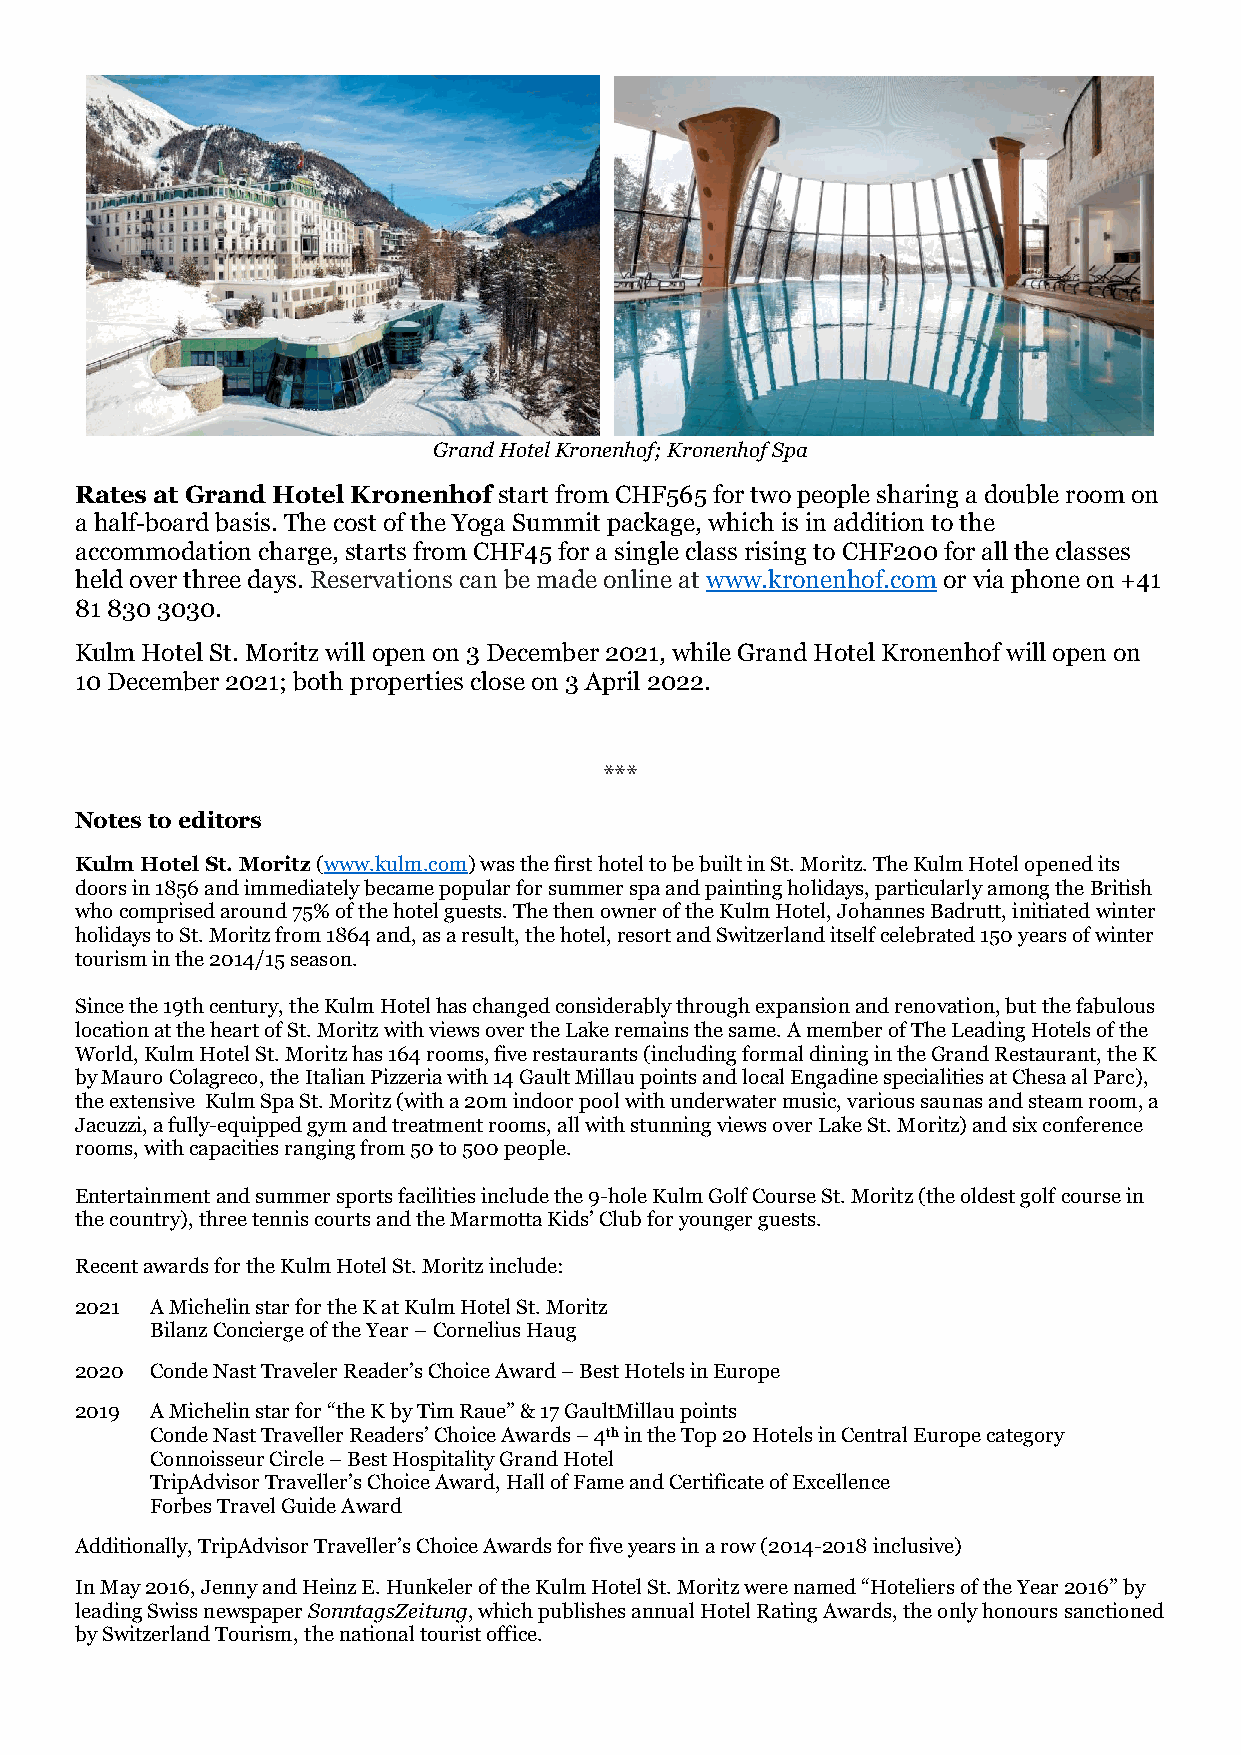
Grand Hotel Kronenhof; Kronenhof Spa
 Rates at Grand Hotel Kronenhof start from CHF565 for two people sharing a double room on
 a half-board basis. The cost of the Yoga Summit package, which is in addition to the
 accommodation charge, starts from CHF45 for a single class rising to CHF200 for all the classes
 held over three days. Reservations can be made online at www.kronenhof.com or via phone on +41
 81 830 3030.
 Kulm Hotel St. Moritz will open on 3 December 2021, while Grand Hotel Kronenhof will open on
 10 December 2021; both properties close on 3 April 2022.
 ***
 Notes to editors
 Kulm Hotel St. Moritz (www.kulm.com) was the first hotel to be built in St. Moritz. The Kulm Hotel opened its
 doors in 1856 and immediately became popular for summer spa and painting holidays, particularly among the British
 who comprised around 75% of the hotel guests. The then owner of the Kulm Hotel, Johannes Badrutt, initiated winter
 holidays to St. Moritz from 1864 and, as a result, the hotel, resort and Switzerland itself celebrated 150 years of winter
 tourism in the 2014/15 season.
 Since the 19th century, the Kulm Hotel has changed considerably through expansion and renovation, but the fabulous
 location at the heart of St. Moritz with views over the Lake remains the same. A member of The Leading Hotels of the
 World, Kulm Hotel St. Moritz has 164 rooms, five restaurants (including formal dining in the Grand Restaurant, the K
 by Mauro Colagreco, the Italian Pizzeria with 14 Gault Millau points and local Engadine specialities at Chesa al Parc),
 the extensive Kulm Spa St. Moritz (with a 20m indoor pool with underwater music, various saunas and steam room, a
 Jacuzzi, a fully-equipped gym and treatment rooms, all with stunning views over Lake St. Moritz) and six conference
 rooms, with capacities ranging from 50 to 500 people.
 Entertainment and summer sports facilities include the 9-hole Kulm Golf Course St. Moritz (the oldest golf course in
 the country), three tennis courts and the Marmotta Kids’ Club for younger guests.
 Recent awards for the Kulm Hotel St. Moritz include:
 2021 A Michelin star for the K at Kulm Hotel St. Moritz
 Bilanz Concierge of the Year – Cornelius Haug
 2020 Conde Nast Traveler Reader’s Choice Award – Best Hotels in Europe
 2019 A Michelin star for “the K by Tim Raue” & 17 GaultMillau points
 Conde Nast Traveller Readers’ Choice Awards – 4th in the Top 20 Hotels in Central Europe category
 Connoisseur Circle – Best Hospitality Grand Hotel
 TripAdvisor Traveller’s Choice Award, Hall of Fame and Certificate of Excellence
 Forbes Travel Guide Award
 Additionally, TripAdvisor Traveller’s Choice Awards for five years in a row (2014-2018 inclusive)
 In May 2016, Jenny and Heinz E. Hunkeler of the Kulm Hotel St. Moritz were named “Hoteliers of the Year 2016” by
 leading Swiss newspaper SonntagsZeitung, which publishes annual Hotel Rating Awards, the only honours sanctioned
 by Switzerland Tourism, the national tourist office.